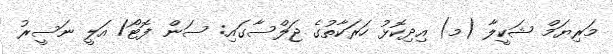
މަރިޔަމް ޝަކީލާ (މ) އިދިކޮޅު ހަރަކާތުގެ ޖަލްސާގައި: ސަން ފޮޓޯ/ އަލީ ނަސީރު